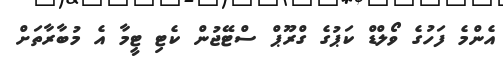
އެންމެ ފަހުގެ ވޯލްޑް ކަޕުގެ ގްރޫޕް ސްޓޭޖުން ކެޓި ޓީމާ އެ މުބާރާތަށް